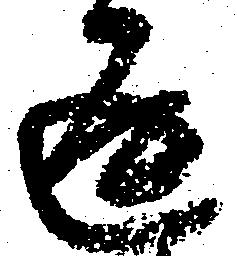
返